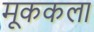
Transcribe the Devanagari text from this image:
मूककला